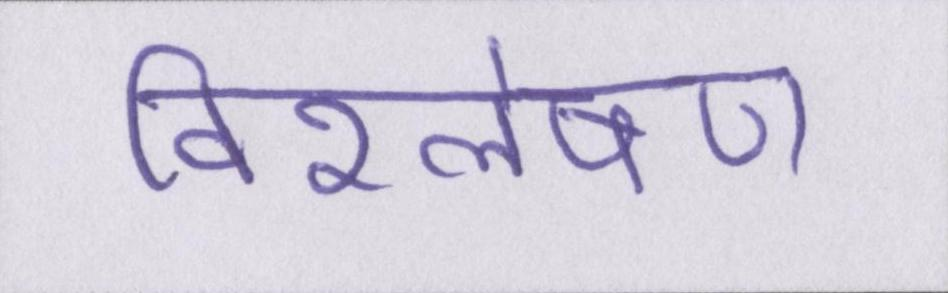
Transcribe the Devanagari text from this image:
विश्लेषण